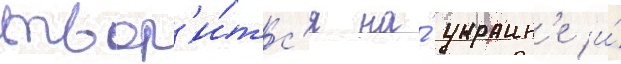
твор'и́тс'я на́ украин'е и́